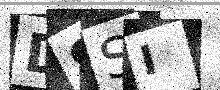
Text: DSSI